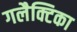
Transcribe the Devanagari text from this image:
गलैक्टिका